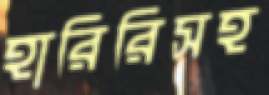
হারিরিসহ